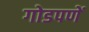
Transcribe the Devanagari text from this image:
गोडपणें